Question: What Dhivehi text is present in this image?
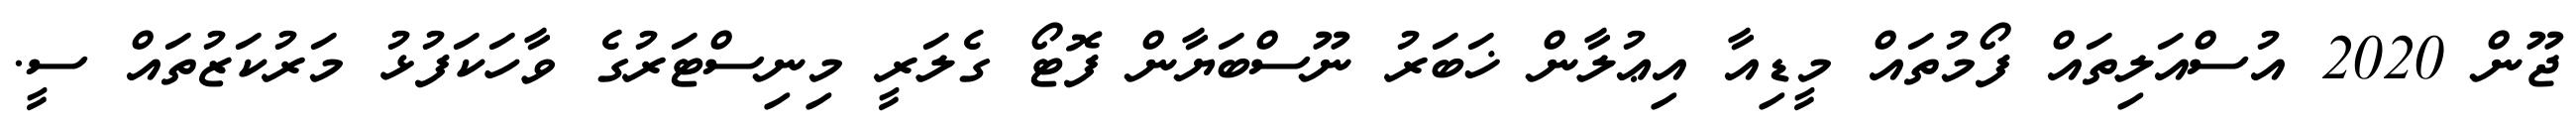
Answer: ޖޫން 2020 އުސްއަލިތައް ފޯމުތައް މީޑިއާ އިޢުލާން ޚަބަރު ނޫސްބަޔާން ފޮޓޯ ގެލަރީ މިނިސްޓަރުގެ ވާހަކަފުޅު މަރުކަޒުތައް ސީ.